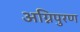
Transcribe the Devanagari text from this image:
अग्निपुरण